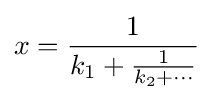
x={\frac {1}{k_{1}+{\frac {1}{k_{2}+\cdots }}}}